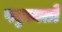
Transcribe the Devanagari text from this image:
पट्टायतों